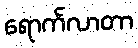
ရောက်လာတာ